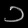
Digit: ၁